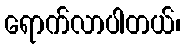
ရောက်လာပါတယ်၊